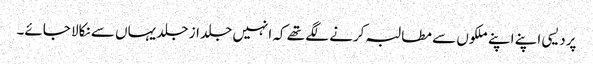
پردیسی اپنے اپنے ملکوں سے مطالبہ کرنے لگے تھے کہ انہیں جلد از جلد یہاں سے نکالا جائے۔